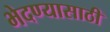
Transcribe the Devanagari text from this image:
भेदण्यासाठी